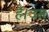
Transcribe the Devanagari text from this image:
है।उस